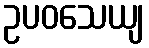
ဥပဝသေယျ